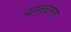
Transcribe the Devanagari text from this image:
वास्तुवारसा